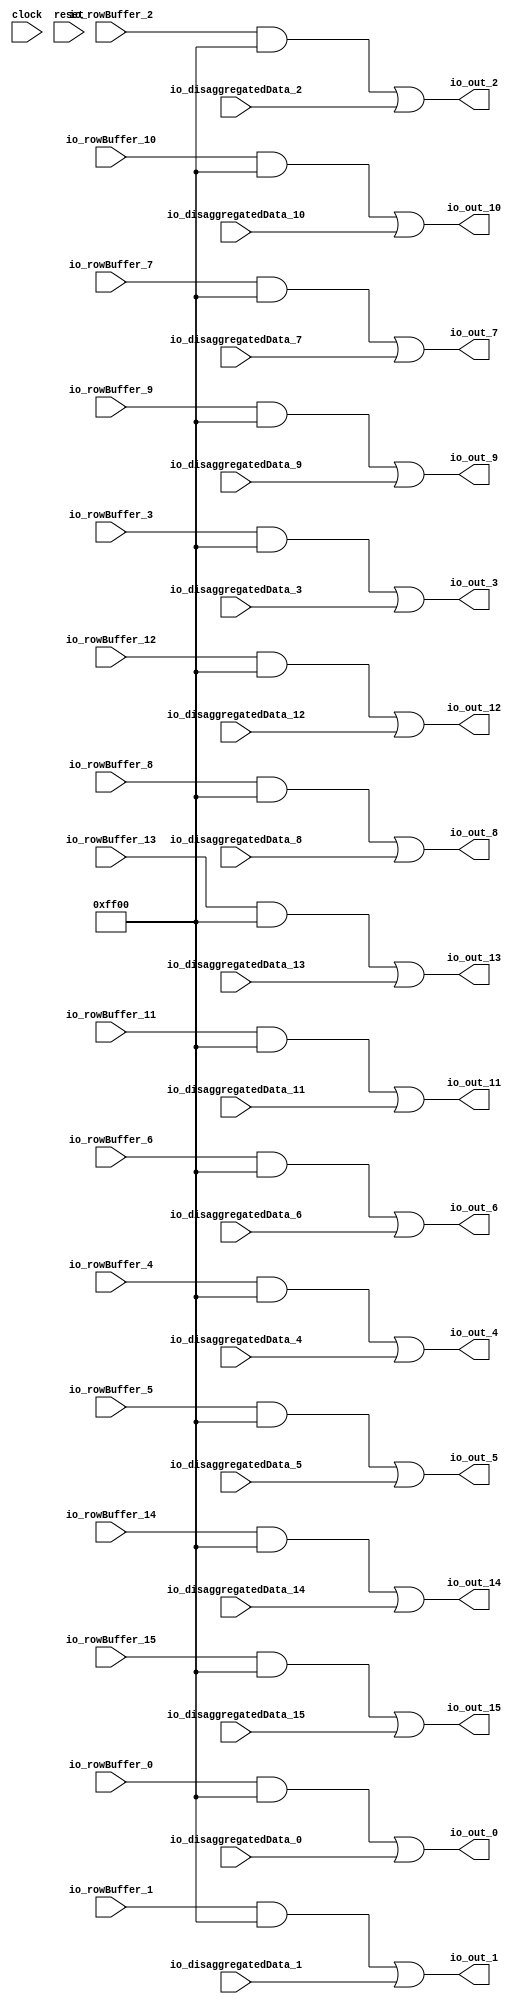
module GPURowDisaggregator32B(
  input         clock,
  input         reset,
  input  [15:0] io_disaggregatedData_0,
  input  [15:0] io_disaggregatedData_1,
  input  [15:0] io_disaggregatedData_2,
  input  [15:0] io_disaggregatedData_3,
  input  [15:0] io_disaggregatedData_4,
  input  [15:0] io_disaggregatedData_5,
  input  [15:0] io_disaggregatedData_6,
  input  [15:0] io_disaggregatedData_7,
  input  [15:0] io_disaggregatedData_8,
  input  [15:0] io_disaggregatedData_9,
  input  [15:0] io_disaggregatedData_10,
  input  [15:0] io_disaggregatedData_11,
  input  [15:0] io_disaggregatedData_12,
  input  [15:0] io_disaggregatedData_13,
  input  [15:0] io_disaggregatedData_14,
  input  [15:0] io_disaggregatedData_15,
  input  [15:0] io_rowBuffer_0,
  input  [15:0] io_rowBuffer_1,
  input  [15:0] io_rowBuffer_2,
  input  [15:0] io_rowBuffer_3,
  input  [15:0] io_rowBuffer_4,
  input  [15:0] io_rowBuffer_5,
  input  [15:0] io_rowBuffer_6,
  input  [15:0] io_rowBuffer_7,
  input  [15:0] io_rowBuffer_8,
  input  [15:0] io_rowBuffer_9,
  input  [15:0] io_rowBuffer_10,
  input  [15:0] io_rowBuffer_11,
  input  [15:0] io_rowBuffer_12,
  input  [15:0] io_rowBuffer_13,
  input  [15:0] io_rowBuffer_14,
  input  [15:0] io_rowBuffer_15,
  output [15:0] io_out_0,
  output [15:0] io_out_1,
  output [15:0] io_out_2,
  output [15:0] io_out_3,
  output [15:0] io_out_4,
  output [15:0] io_out_5,
  output [15:0] io_out_6,
  output [15:0] io_out_7,
  output [15:0] io_out_8,
  output [15:0] io_out_9,
  output [15:0] io_out_10,
  output [15:0] io_out_11,
  output [15:0] io_out_12,
  output [15:0] io_out_13,
  output [15:0] io_out_14,
  output [15:0] io_out_15
);
  wire [15:0] masked_words = io_rowBuffer_0 & 16'hff00; // @[combinator.scala 108:40]
  wire [15:0] masked_words_1 = io_rowBuffer_1 & 16'hff00; // @[combinator.scala 108:40]
  wire [15:0] masked_words_2 = io_rowBuffer_2 & 16'hff00; // @[combinator.scala 108:40]
  wire [15:0] masked_words_3 = io_rowBuffer_3 & 16'hff00; // @[combinator.scala 108:40]
  wire [15:0] masked_words_4 = io_rowBuffer_4 & 16'hff00; // @[combinator.scala 108:40]
  wire [15:0] masked_words_5 = io_rowBuffer_5 & 16'hff00; // @[combinator.scala 108:40]
  wire [15:0] masked_words_6 = io_rowBuffer_6 & 16'hff00; // @[combinator.scala 108:40]
  wire [15:0] masked_words_7 = io_rowBuffer_7 & 16'hff00; // @[combinator.scala 108:40]
  wire [15:0] masked_words_8 = io_rowBuffer_8 & 16'hff00; // @[combinator.scala 108:40]
  wire [15:0] masked_words_9 = io_rowBuffer_9 & 16'hff00; // @[combinator.scala 108:40]
  wire [15:0] masked_words_10 = io_rowBuffer_10 & 16'hff00; // @[combinator.scala 108:40]
  wire [15:0] masked_words_11 = io_rowBuffer_11 & 16'hff00; // @[combinator.scala 108:40]
  wire [15:0] masked_words_12 = io_rowBuffer_12 & 16'hff00; // @[combinator.scala 108:40]
  wire [15:0] masked_words_13 = io_rowBuffer_13 & 16'hff00; // @[combinator.scala 108:40]
  wire [15:0] masked_words_14 = io_rowBuffer_14 & 16'hff00; // @[combinator.scala 108:40]
  wire [15:0] masked_words_15 = io_rowBuffer_15 & 16'hff00; // @[combinator.scala 108:40]
  assign io_out_0 = masked_words | io_disaggregatedData_0; // @[combinator.scala 109:31]
  assign io_out_1 = masked_words_1 | io_disaggregatedData_1; // @[combinator.scala 109:31]
  assign io_out_2 = masked_words_2 | io_disaggregatedData_2; // @[combinator.scala 109:31]
  assign io_out_3 = masked_words_3 | io_disaggregatedData_3; // @[combinator.scala 109:31]
  assign io_out_4 = masked_words_4 | io_disaggregatedData_4; // @[combinator.scala 109:31]
  assign io_out_5 = masked_words_5 | io_disaggregatedData_5; // @[combinator.scala 109:31]
  assign io_out_6 = masked_words_6 | io_disaggregatedData_6; // @[combinator.scala 109:31]
  assign io_out_7 = masked_words_7 | io_disaggregatedData_7; // @[combinator.scala 109:31]
  assign io_out_8 = masked_words_8 | io_disaggregatedData_8; // @[combinator.scala 109:31]
  assign io_out_9 = masked_words_9 | io_disaggregatedData_9; // @[combinator.scala 109:31]
  assign io_out_10 = masked_words_10 | io_disaggregatedData_10; // @[combinator.scala 109:31]
  assign io_out_11 = masked_words_11 | io_disaggregatedData_11; // @[combinator.scala 109:31]
  assign io_out_12 = masked_words_12 | io_disaggregatedData_12; // @[combinator.scala 109:31]
  assign io_out_13 = masked_words_13 | io_disaggregatedData_13; // @[combinator.scala 109:31]
  assign io_out_14 = masked_words_14 | io_disaggregatedData_14; // @[combinator.scala 109:31]
  assign io_out_15 = masked_words_15 | io_disaggregatedData_15; // @[combinator.scala 109:31]
endmodule